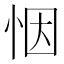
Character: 𢙫